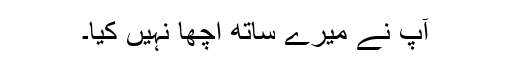
آپ نے میرے ساتھ اچھا نہیں کیا۔